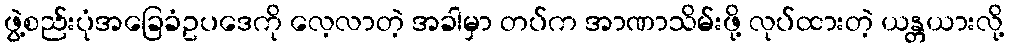
ဖွဲ့စည်းပုံအခြေခံဥပဒေကို လေ့လာတဲ့ အခါမှာ တပ်က အာဏာသိမ်းဖို့ လုပ်ထားတဲ့ ယန္တယားလို့